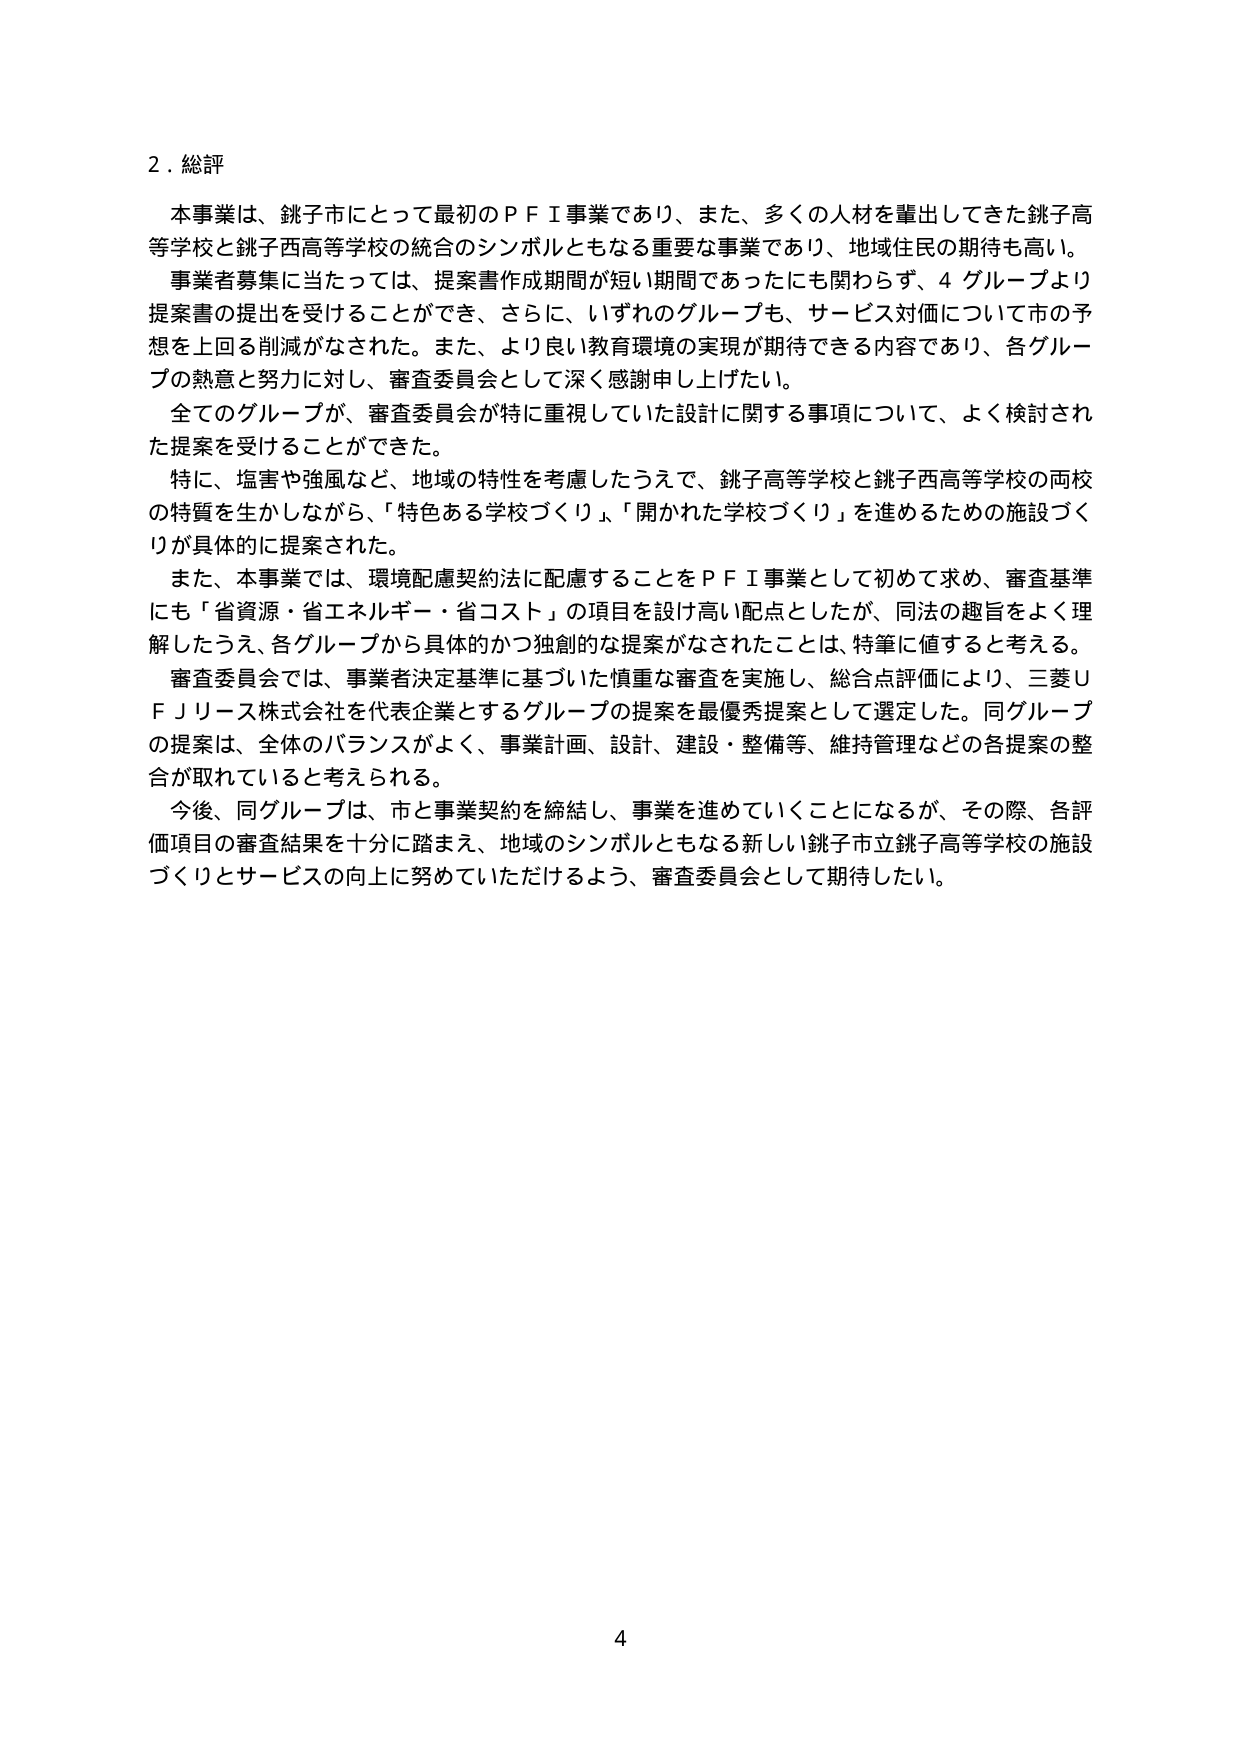
2. 総評

本事業は、銚子市にとって最初のＰＦＩ事業であり、また、多くの人材を輩出してきた銚子高等学校と銚子西高等学校の統合のシンボルともなる重要な事業であり、地域住民の期待も高い。

事業者募集に当たっては、提案書作成期間が短い期間であったにも関わらず、4 グループより提案書の提出を受けることができ、さらに、いずれのグループも、サービス対価について市の予想を上回る削減がなされた。また、より良い教育環境の実現が期待できる内容であり、各グループの熱意と努力に対し、審査委員会として深く感謝申し上げたい。

全てのグループが、審査委員会が特に重視していた設計に関する事項について、よく検討された提案を受けることができた。

特に、塩害や強風など、地域の特性を考慮したうえで、銚子高等学校と銚子西高等学校の両校の特質を生かしながら、「特色ある学校づくり」、「開かれた学校づくり」を進めるための施設づくりが具体的に提案された。

また、本事業では、環境配慮契約法に配慮することをＰＦＩ事業として初めて求め、審査基準にも「省資源・省エネルギー・省コスト」の項目を設け高い配点としたが、同法の趣旨をよく理解したうえ、各グループから具体的かつ独創的な提案がなされたことは、特筆に値すると考える。

審査委員会では、事業者決定基準に基づいた慎重な審査を実施し、総合点評価により、三菱ＵＦＪリース株式会社を代表企業とするグループの提案を最優秀提案として選定した。同グループの提案は、全体のバランスがよく、事業計画、設計、建設・整備等、維持管理などの各提案の整合が取れていると考えられる。

今後、同グループは、市と事業契約を締結し、事業を進めていくことになるが、その際、各評価項目の審査結果を十分に踏まえ、地域のシンボルともなる新しい銚子市立銚子高等学校の施設づくりとサービスの向上に努めていただけるよう、審査委員会として期待したい。

4